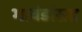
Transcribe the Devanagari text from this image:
भावंडांसह